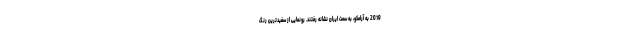
2019 به آرامکو، به سمت ایران نشانه رفتند. رونمایی از سفیدترین رنگ